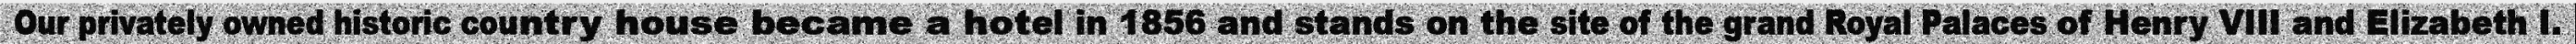
Our privately owned historic country house became a hotel in 1856 and stands on the site of the grand Royal Palaces of Henry VIII and Elizabeth I.